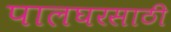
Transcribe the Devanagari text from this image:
पालघरसाठी